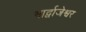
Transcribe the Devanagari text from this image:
भार्द्वाजेश्वर